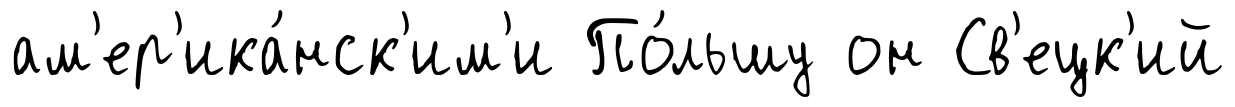
ам'ер'ика́нск'им'и По́льшу он Св'ецк'ий